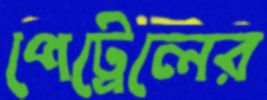
পেট্রেলের